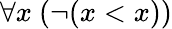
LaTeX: \forall x\ (\neg(x<x))